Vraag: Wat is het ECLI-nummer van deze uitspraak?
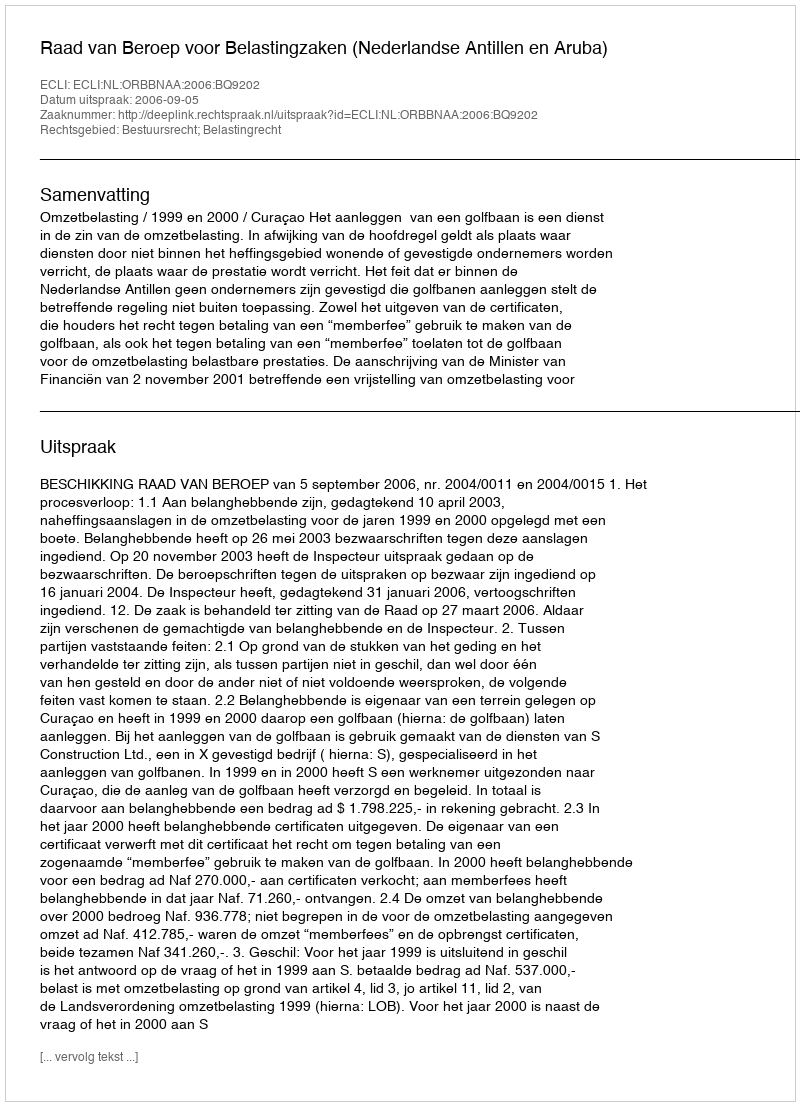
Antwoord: ECLI:NL:ORBBNAA:2006:BQ9202